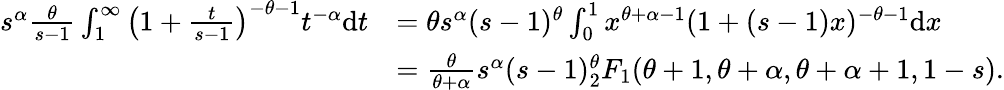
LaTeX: \begin{array}{rl}{s^{\alpha}\frac{\theta}{s-1}\int_{1}^{\infty}\left(1+\frac{t}{s-1}\right)^{-\theta-1}t^{-\alpha}\mathrm{d}t}&{=\theta s^{\alpha}(s-1)^{\theta}\int_{0}^{1}x^{\theta+\alpha-1}(1+(s-1)x)^{-\theta-1}\mathrm{d}x}\\ &{=\frac{\theta}{\theta+\alpha}s^{\alpha}(s-1)^{\theta}_{2}F_{1}(\theta+1,\theta+\alpha,\theta+\alpha+1,1-s).}\end{array}